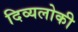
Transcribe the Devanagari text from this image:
दिव्यलोकी